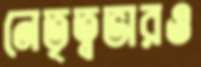
নেতৃত্বভারও